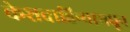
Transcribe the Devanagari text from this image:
केशवाहिन्यामधून